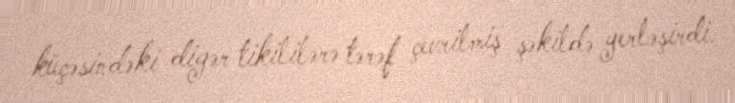
küçəsindəki digər tikililərə tərəf çevrilmiş şəkildə yerləşirdi.